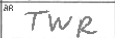
Transcription: TWR